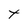
Character: t